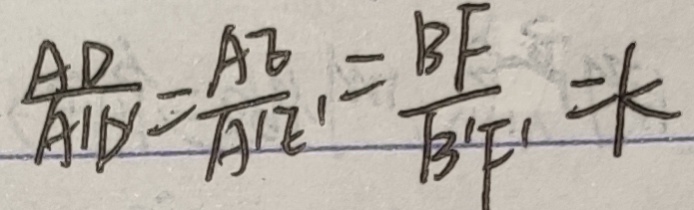
\frac { A D } { A ^ { \prime } D ^ { \prime } } = \frac { A E } { A ^ { \prime } E ^ { \prime } } = \frac { B F } { B ^ { \prime } F ^ { \prime } } = k